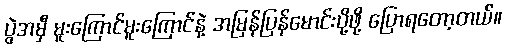
ပွဲအမှီ မူးကြောင်မူးကြောင်နဲ့ အမြန်ပြန်မောင်းပို့ဖို့ ပြောရတော့တယ်။